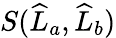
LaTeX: S(\widehat{L}_{a},\widehat{L}_{b})